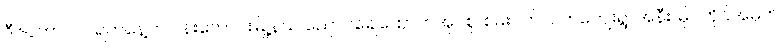
ဒီဇင်ဘာ ၁၀ ရက်နေ့က ပန်းတောင်းမြို့နယ် ညောင်ချေထောက်အုပ်စု၊ စမ်းပက်လက်ကျေးရွာအနီး၊ မိုင်တိုင်အမှတ်